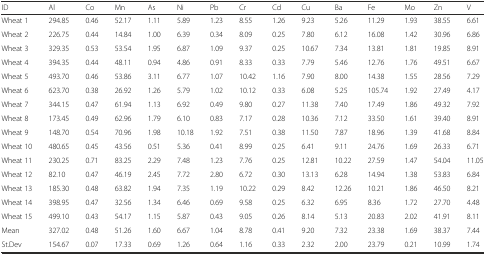
<table><thead><tr><td><b>ID</b></td><td><b>Al</b></td><td><b>Co</b></td><td><b>Mn</b></td><td><b>As</b></td><td><b>Ni</b></td><td><b>Pb</b></td><td><b>Cr</b></td><td><b>Cd</b></td><td><b>Cu</b></td><td><b>Ba</b></td><td><b>Fe</b></td><td><b>Mo</b></td><td><b>Zn</b></td><td><b>V</b></td></tr></thead><tbody><tr><td>Wheat 1</td><td>294.85</td><td>0.46</td><td>52.17</td><td>1.11</td><td>5.89</td><td>1.23</td><td>8.55</td><td>1.26</td><td>9.23</td><td>5.26</td><td>11.29</td><td>1.93</td><td>38.55</td><td>6.61</td></tr><tr><td>Wheat 2</td><td>226.75</td><td>0.44</td><td>14.84</td><td>1.00</td><td>6.39</td><td>0.34</td><td>8.09</td><td>0.25</td><td>7.80</td><td>6.12</td><td>16.08</td><td>1.42</td><td>30.96</td><td>6.86</td></tr><tr><td>Wheat 3</td><td>329.35</td><td>0.53</td><td>53.54</td><td>1.95</td><td>6.87</td><td>1.09</td><td>9.37</td><td>0.25</td><td>10.67</td><td>7.34</td><td>13.81</td><td>1.81</td><td>19.85</td><td>8.91</td></tr><tr><td>Wheat 4</td><td>394.35</td><td>0.44</td><td>48.11</td><td>0.94</td><td>4.86</td><td>0.91</td><td>8.33</td><td>0.33</td><td>7.79</td><td>5.46</td><td>12.76</td><td>1.76</td><td>49.51</td><td>6.67</td></tr><tr><td>Wheat 5</td><td>493.70</td><td>0.46</td><td>53.86</td><td>3.11</td><td>6.77</td><td>1.07</td><td>10.42</td><td>1.16</td><td>7.90</td><td>8.00</td><td>14.38</td><td>1.55</td><td>28.56</td><td>7.29</td></tr><tr><td>Wheat 6</td><td>623.70</td><td>0.38</td><td>26.92</td><td>1.26</td><td>5.79</td><td>1.02</td><td>10.12</td><td>0.33</td><td>6.08</td><td>5.25</td><td>105.74</td><td>1.92</td><td>27.49</td><td>4.17</td></tr><tr><td>Wheat 7</td><td>344.15</td><td>0.47</td><td>61.94</td><td>1.13</td><td>6.92</td><td>0.49</td><td>9.80</td><td>0.27</td><td>11.38</td><td>7.40</td><td>17.49</td><td>1.86</td><td>49.32</td><td>7.92</td></tr><tr><td>Wheat 8</td><td>173.45</td><td>0.49</td><td>62.96</td><td>1.79</td><td>6.10</td><td>0.83</td><td>7.17</td><td>0.28</td><td>10.36</td><td>7.12</td><td>33.50</td><td>1.61</td><td>39.40</td><td>8.91</td></tr><tr><td>Wheat 9</td><td>148.70</td><td>0.54</td><td>70.96</td><td>1.98</td><td>10.18</td><td>1.92</td><td>7.51</td><td>0.38</td><td>11.50</td><td>7.87</td><td>18.96</td><td>1.39</td><td>41.68</td><td>8.84</td></tr><tr><td>Wheat 10</td><td>480.65</td><td>0.45</td><td>43.56</td><td>0.51</td><td>5.36</td><td>0.41</td><td>8.99</td><td>0.25</td><td>6.41</td><td>9.11</td><td>24.76</td><td>1.69</td><td>26.33</td><td>6.71</td></tr><tr><td>Wheat 11</td><td>230.25</td><td>0.71</td><td>83.25</td><td>2.29</td><td>7.48</td><td>1.23</td><td>7.76</td><td>0.25</td><td>12.81</td><td>10.22</td><td>27.59</td><td>1.47</td><td>54.04</td><td>11.05</td></tr><tr><td>Wheat 12</td><td>82.10</td><td>0.47</td><td>46.19</td><td>2.45</td><td>7.72</td><td>2.80</td><td>6.72</td><td>0.30</td><td>13.13</td><td>6.28</td><td>14.94</td><td>1.38</td><td>53.83</td><td>6.84</td></tr><tr><td>Wheat 13</td><td>185.30</td><td>0.48</td><td>63.82</td><td>1.94</td><td>7.35</td><td>1.19</td><td>10.22</td><td>0.29</td><td>8.42</td><td>12.26</td><td>10.21</td><td>1.86</td><td>46.50</td><td>8.21</td></tr><tr><td>Wheat 14</td><td>398.95</td><td>0.47</td><td>32.56</td><td>1.34</td><td>6.46</td><td>0.69</td><td>9.58</td><td>0.25</td><td>6.32</td><td>6.95</td><td>8.36</td><td>1.72</td><td>27.70</td><td>4.48</td></tr><tr><td>Wheat 15</td><td>499.10</td><td>0.43</td><td>54.17</td><td>1.15</td><td>5.87</td><td>0.43</td><td>9.05</td><td>0.26</td><td>8.14</td><td>5.13</td><td>20.83</td><td>2.02</td><td>41.91</td><td>8.11</td></tr><tr><td>Mean</td><td>327.02</td><td>0.48</td><td>51.26</td><td>1.60</td><td>6.67</td><td>1.04</td><td>8.78</td><td>0.41</td><td>9.20</td><td>7.32</td><td>23.38</td><td>1.69</td><td>38.37</td><td>7.44</td></tr><tr><td>St.Dev</td><td>154.67</td><td>0.07</td><td>17.33</td><td>0.69</td><td>1.26</td><td>0.64</td><td>1.16</td><td>0.33</td><td>2.32</td><td>2.00</td><td>23.79</td><td>0.21</td><td>10.99</td><td>1.74</td></tr></tbody></table>